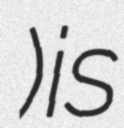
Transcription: Десятина) is